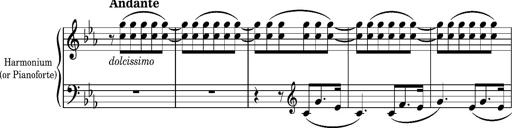
Title: La cloche sonne
Composer: Franz Liszt